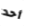
أحد